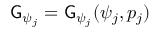
\mathsf { G } _ { \psi _ { j } } = \mathsf { G } _ { \psi _ { j } } ( \psi _ { j } , p _ { j } )